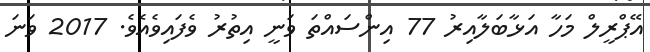
އޭޕްރީލް މަހާ އަޅާބަލާއިރު 77 އިންސައްތަ ވަނީ އިތުރު ވެފައިވެއެވެ. 2017 ވަނަ